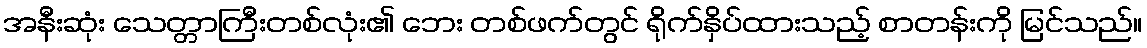
အနီးဆုံး သေတ္တာကြီးတစ်လုံး၏ ဘေး တစ်ဖက်တွင် ရိုက်နှိပ်ထားသည့် စာတန်းကို မြင်သည်။